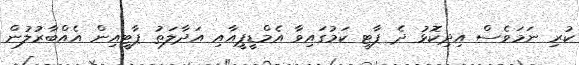
ކުރި ނަމަވެސް އިދިކޮޅު ދެ ޕާޓީ ކަމުގައިވާ އެމްޑީޕީއާއި އަދާލަތު ޕާޓީއިން އެއްބާރުލުން